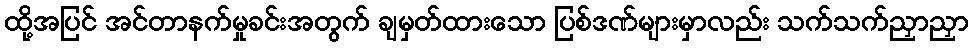
ထို့အပြင် အင်တာနက်မှုခင်းအတွက် ချမှတ်ထားသော ပြစ်ဒဏ်များမှာလည်း သက်သက်ညှာညှာ